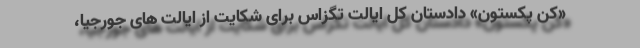
«کن پکستون» دادستان کل ایالت تگزاس برای شکایت از ایالت های جورجیا،